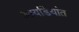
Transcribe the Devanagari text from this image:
आयडियांत